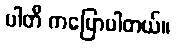
ပါတီ ကပြောပါတယ်။